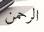
الرحمن